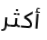
أكثر